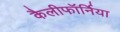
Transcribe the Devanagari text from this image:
कैलीफॉर्निया